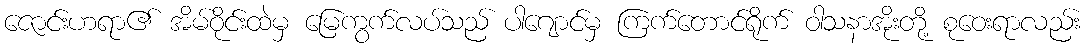
ဇောင်းဟရာ၏ အိမ်ဝိုင်းထဲမှ မြေကွက်လပ်သည် ပါဂျောင်မှ ကြက်တောင်ရိုက် ဝါသနာအိုးတို့ စုဝေးရာလည်း